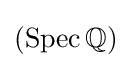
(\operatorname {Spec} \mathbb {Q} )